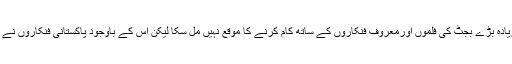
اداکارہ نے کہا کہ چند ایک فنکاروں کے علاوہ پاکستانی فنکاروں کوزیادہ بڑے بجٹ کی فلموں اورمعروف فنکاروں کے ساتھ کام کرنے کا موقع نہیں مل سکا لیکن اس کے باوجود پاکستانی فنکاروں نے اپنے منفرد کام سے ثابت کیا کہ وہ ہرحال میں اچھا کام کرسکتے ہیں۔